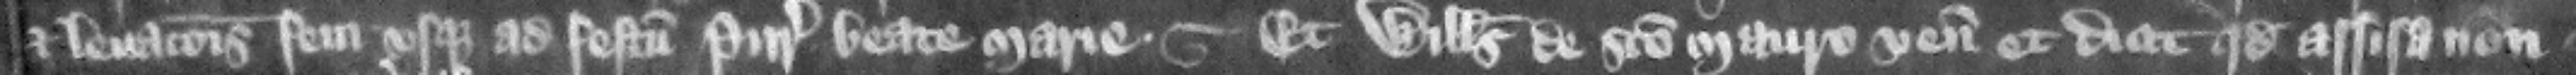
et leuacionis feni vsque ad festum Purificacionis Beate Marie. Et Willelmus de Sancto Mauro venit et dicit quod assisa non